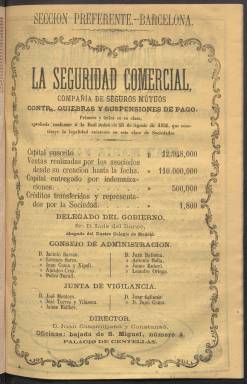
Título: El Indicador de España y de sus posesiones ultramarinas
Colección: Economía || Industria
Ámbito geográfico: Barcelona
Lugar de publicación: Barcelona
Fechas: 01/01/1864-31/12/1864